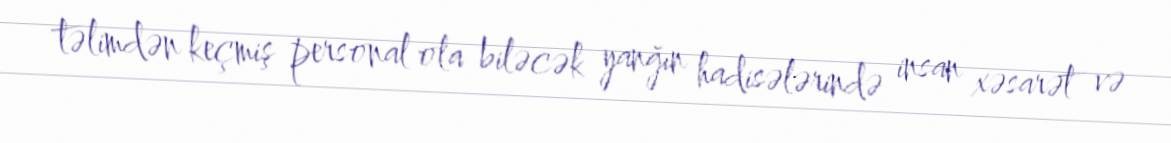
təlimdən keçmiş personal ola biləcək yanğın hadisələrində insan xəsarət və